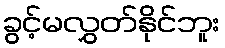
ခွင့်မလွှတ်နိုင်ဘူး